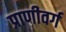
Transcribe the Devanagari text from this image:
प्राणीवर्ग